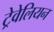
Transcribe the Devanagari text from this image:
ट्रेवेलियन